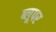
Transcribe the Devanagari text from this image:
ब्लूपर